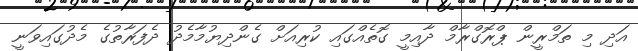
އަދި މި ތަމްރީން ޕްރޮގްރާމް ދާއިމީ ގޮތެއްގައި ކުރިއަށް ގެންދިޔުމާމެދު ދެފަރާތުގެ މެދުގައިވަނީ